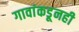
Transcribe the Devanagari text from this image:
गावांकडूनही